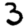
Digit: 3